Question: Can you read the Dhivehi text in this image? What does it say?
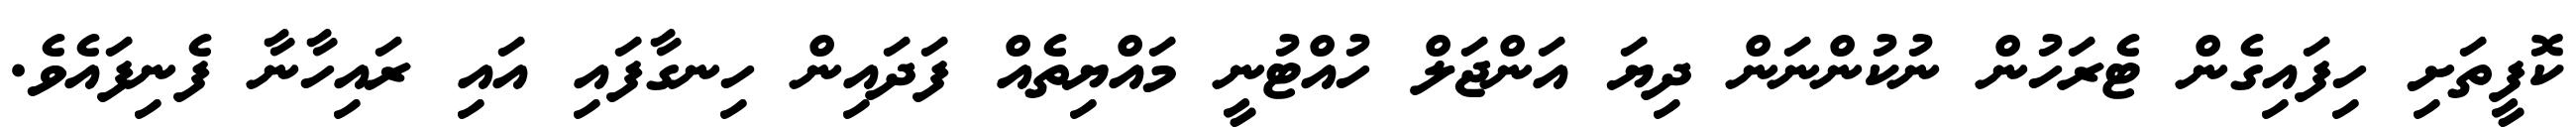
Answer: ކޮފީތަށި ހިފައިގެން ޓެރަހުން ނުކުންނަން ދިޔަ އަންޖަލް ހުއްޓުނީ މައްޔިތެއް ފަދައިން ހިނގާފައި އައި ރައިހާނާ ފެނިފައެވެ.